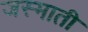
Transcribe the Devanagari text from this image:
जस्माती